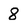
Character: 8